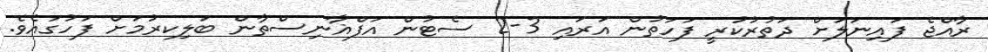
ރާއްޖެ ފައިނަލަށް ދަތުރުކުރީ ފަހަތުން އަރައި 3-2 ސެޓުން އަފްޣާނިސްތާން ބަލިކރުމަށް ފަހުގައެވެ.